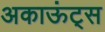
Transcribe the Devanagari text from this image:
अकाऊंट्‌स